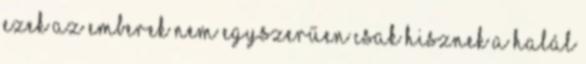
ezek az emberek nem egyszerűen csak hisznek a halál